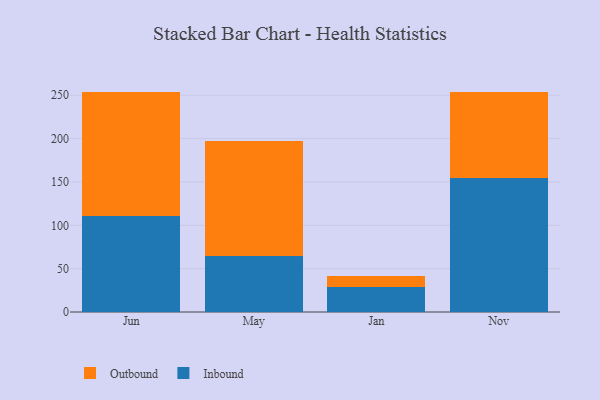
{"axis": {"x": "Month", "y": "Headcount"}, "legend": ["Inbound", "Outbound"], "data": [{"x": "Jun", "y": 110.3, "type": "Inbound"}, {"x": "Jun", "y": 143.9, "type": "Outbound"}, {"x": "May", "y": 64.2, "type": "Inbound"}, {"x": "May", "y": 133.1, "type": "Outbound"}, {"x": "Jan", "y": 28.5, "type": "Inbound"}, {"x": "Jan", "y": 13.1, "type": "Outbound"}, {"x": "Nov", "y": 154.1, "type": "Inbound"}, {"x": "Nov", "y": 99.8, "type": "Outbound"}]}